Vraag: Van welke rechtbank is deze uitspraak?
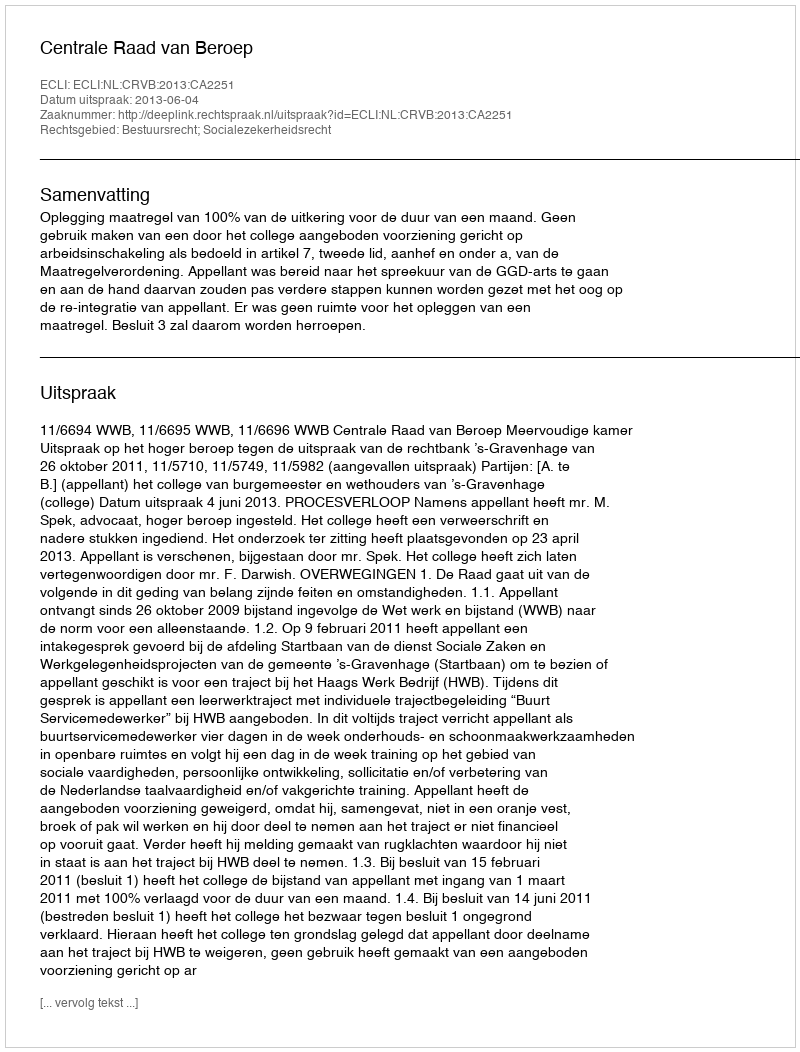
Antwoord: Centrale Raad van Beroep